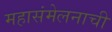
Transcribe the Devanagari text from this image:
महासंमेलनाची